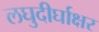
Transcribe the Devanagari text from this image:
लघुदीर्घाक्षर